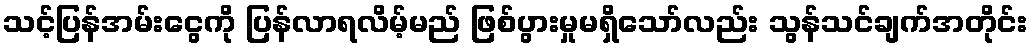
သင့်ပြန်အမ်းငွေကို ပြန်လာရလိမ့်မည် ဖြစ်ပွားမှုမရှိသော်လည်း သွန်သင်ချက်အတိုင်း